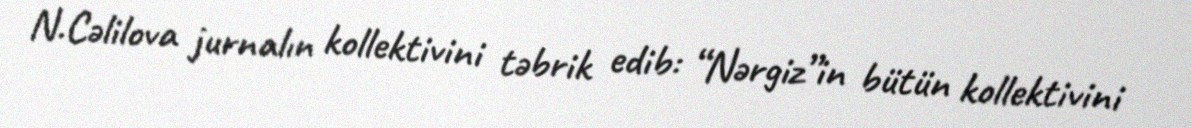
N.Cəlilova jurnalın kollektivini təbrik edib: “Nərgiz”in bütün kollektivini